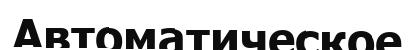
Автоматическое